Civil Veterinary Department Bengal reports 1923-33 - 1923-1933
Year: 1923
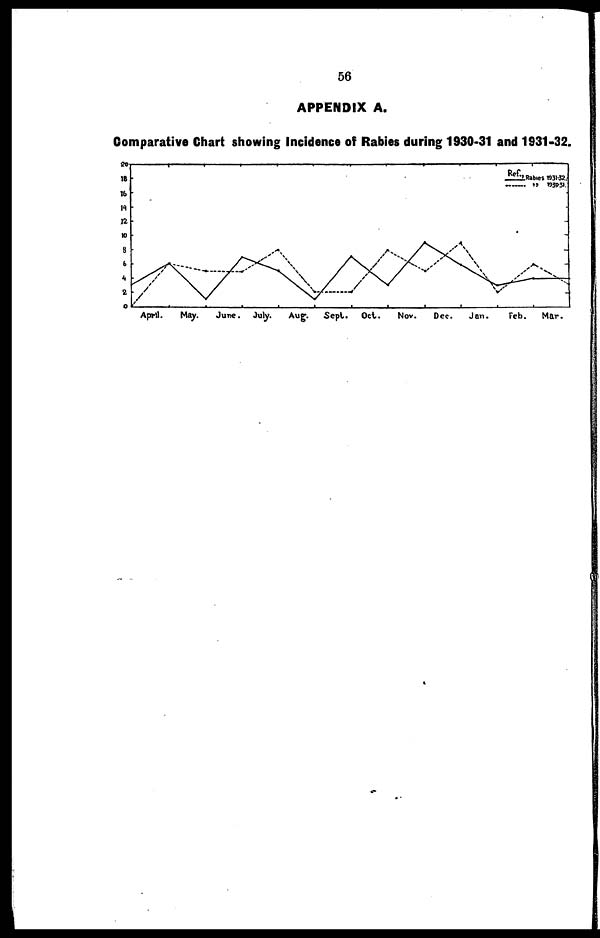
56
APPENDIX A.
Comparative Chart showing Incidence of Rabies during 1930-31 and 1931-32.